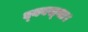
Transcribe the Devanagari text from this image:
व्‍यवस्‍था।